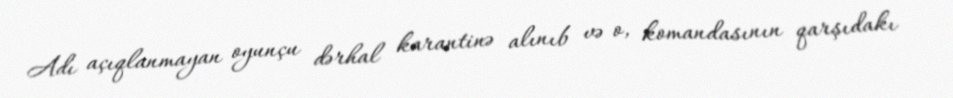
Adı açıqlanmayan oyunçu dərhal karantinə alınıb və o, komandasının qarşıdakı